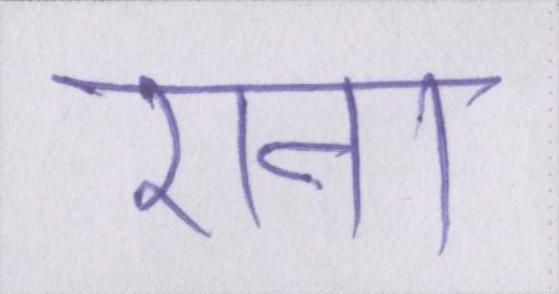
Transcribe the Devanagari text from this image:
राना